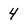
Character: 4